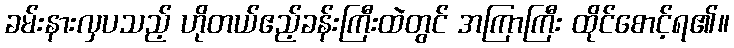
ခမ်းနားလှပသည့် ဟိုတယ်ဧည့်ခန်းကြီးထဲတွင် အကြာကြီး ထိုင်စောင့်ရ၏။